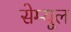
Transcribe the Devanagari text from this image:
सेम्यूल